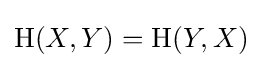
\mathrm {H} (X,Y)=\mathrm {H} (Y,X)